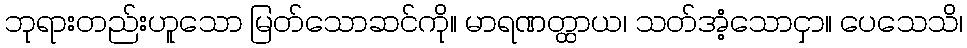
ဘုရားတည်းဟူသော မြတ်သောဆင်ကို။ မာရဏတ္ထာယ၊ သတ်အံ့သောငှာ။ ပေသေသိ၊